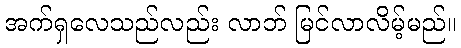
အက်ရှလေသည်လည်း လာဘ် မြင်လာလိမ့်မည်။